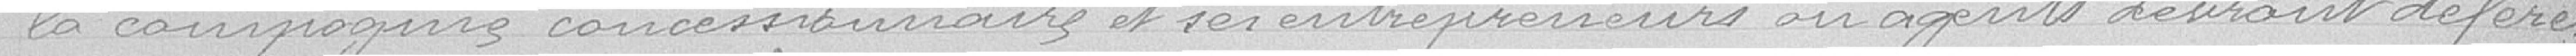
la compagnie concessionnaire et ses entrepreneurs ou agents devront déférer